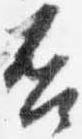
否